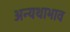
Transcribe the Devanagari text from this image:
अन्यथाभाव